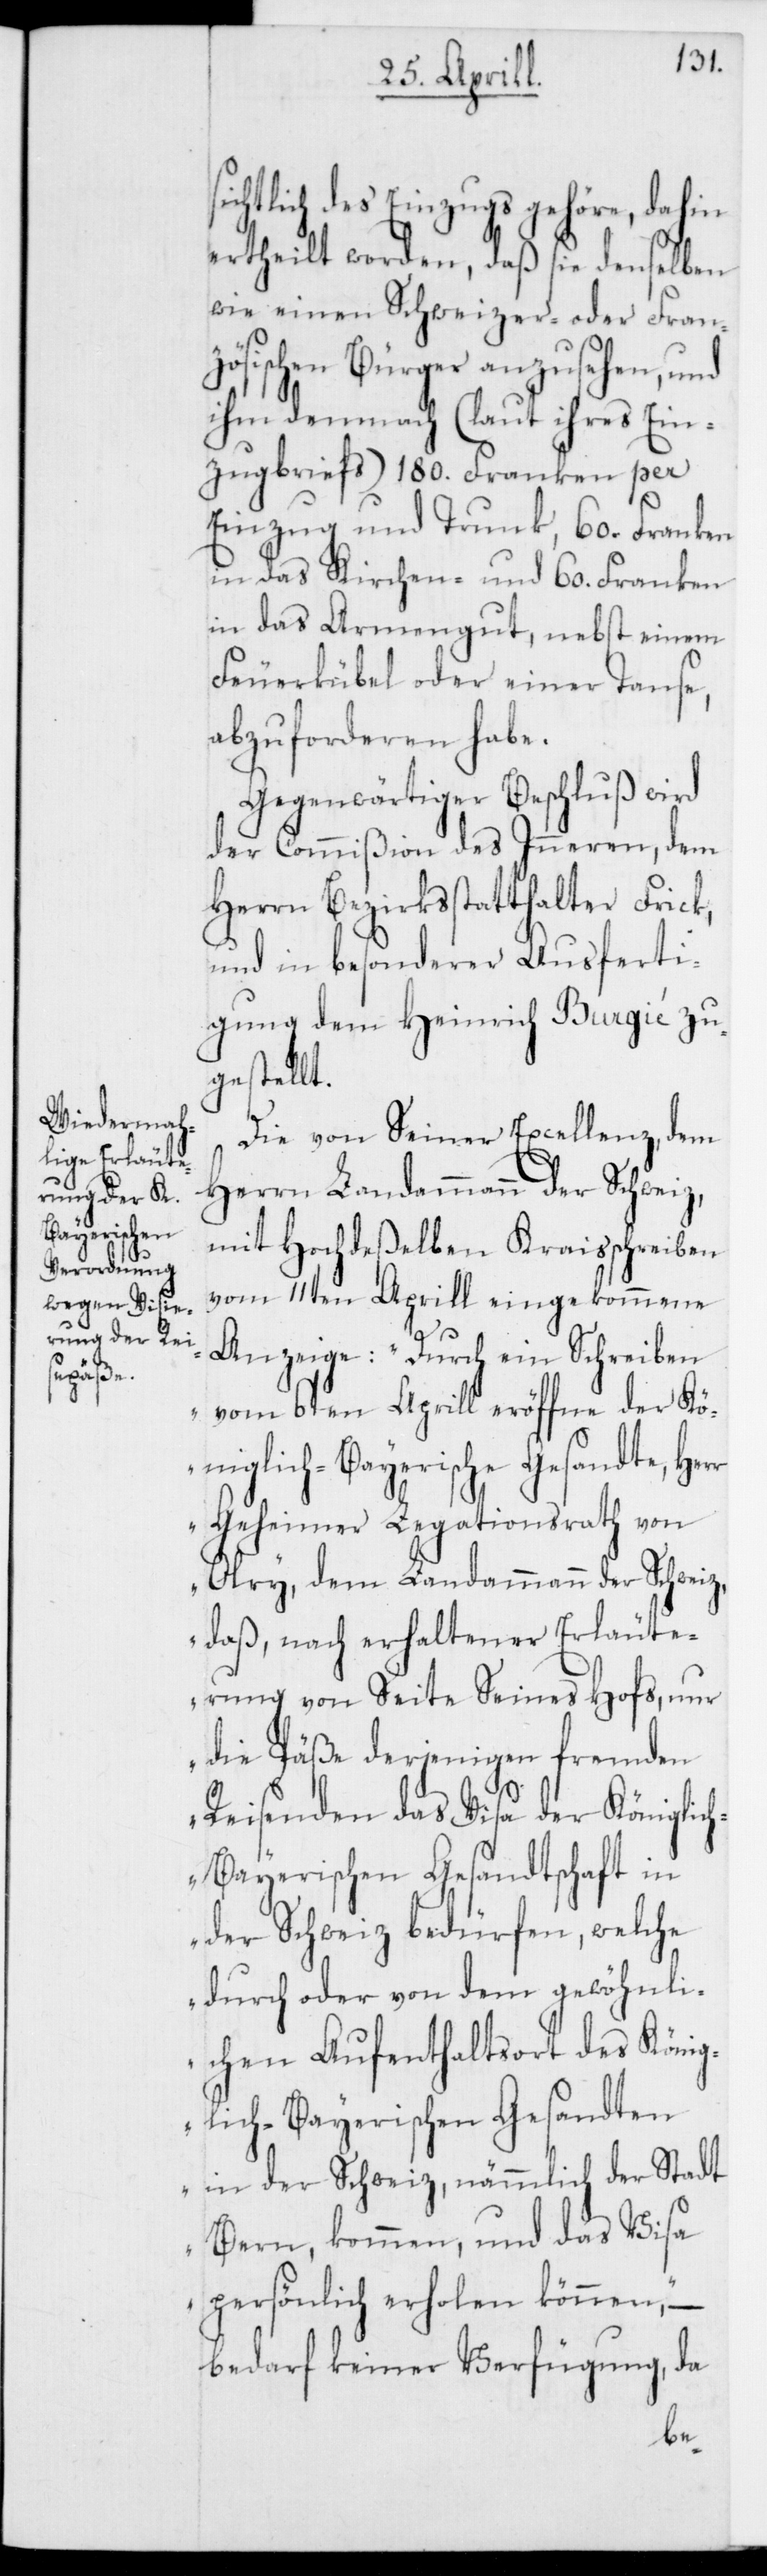
sichtlich des Einzugs gehöre, dahin
ertheilt worden, daß sie denselben
wie einen Schweizer- oder Fran¬
zösischen Bürger anzusehen, und
ihm demnach (laut ihres Ein¬
zugsbriefs) 180. Franken per
Einzug und Trunk, 60. Franken
in das Kirchen- und 60. Franken
in das Armengut, nebst einem
Feuerkübel oder einer Tanse,
abzuforderen habe.
Gegenwärtiger Beschluß wird
der Commißion des Inneren, dem
Herrn Bezirkßtatthalter Frick,
und in besonderer Ausferti¬
gung dem Heinrich Burgié zu¬
gestellt.
Die von Seiner Excellenz, dem
Herrn Landammann der Schweiz,
mit Hochdeßelben Kreisschreiben
vom 11ten Aprill eingekommene
Anzeige: „Durch ein Schreiben
vom 6ten Aprill eröffne der Kö¬
niglich-Bayerische Gesandte, Her¬
r Geheimer Legationsrath von
Olry, dem Landammann der Schweiz,
daß, nach erhaltener Erläute¬
rung von Seite Seines Hofs, nur
die Päße derjenigen fremden
Reisenden das Visa der Königlic¬
h-Bayerischen Gesandtschaft in
der Schweiz bedürfen, welche
durch oder von dem gewöhnli¬
chen Aufenthaltsort des König¬
lich-Bayerischen Gesandten
in der Schweiz, nämmlich der Stadt
Bern, kommen, und das Visa
persönlich erholen können“, –
bedarf keiner Verfügung, da